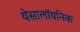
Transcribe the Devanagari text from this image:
थेसालॉयनिक